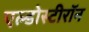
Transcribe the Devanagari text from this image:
एल्डोस्टीरॉन